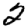
Digit: 2